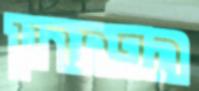
הפתרון